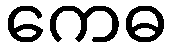
ကေဓ